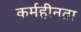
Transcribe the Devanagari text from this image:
कर्महीनता